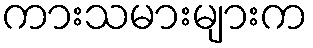
ကားသမားများက